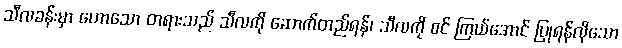
သီလခန်းမှာ ဟောသော တရားသည် သီလကို ဆောက်တည်ရန်၊ သီလကို စင် ကြယ်အောင် ပြုရန်လိုသော